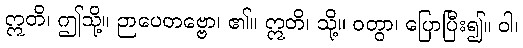
ဣတိ၊ ဤသို့။ ဉာပေတဗ္ဗော၊ ၏။ ဣတိ၊ သို့။ ဝတွာ၊ ပြောပြီး၍။ ဝါ၊